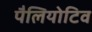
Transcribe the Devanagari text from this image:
पैलियोटिव